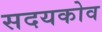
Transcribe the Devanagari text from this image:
सदयकोव